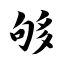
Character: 够